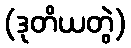
(ဒုတိယတွဲ)